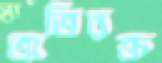
অতিরক্ত